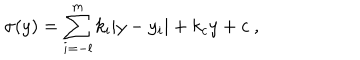
LaTeX: \sigma ( y ) = \sum _ { i = - l } ^ { m } k _ { i } | y - y _ { i } | + k _ { c } y + c ~ , ~ \,